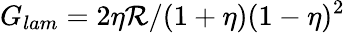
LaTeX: G_{lam}=2\eta\mathcal{R}/(1+\eta)(1-\eta)^{2}